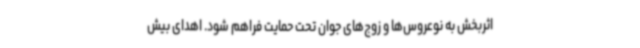
اثربخش به نوعروس‌ها و زوج‌های جوان تحت حمایت فراهم شود. اهدای بیش